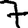
Digit: 7